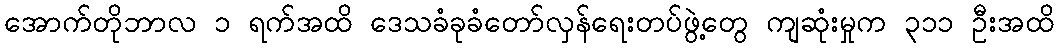
အောက်တိုဘာလ ၁ ရက်အထိ ဒေသခံခုခံတော်လှန်ရေးတပ်ဖွဲ့တွေ ကျဆုံးမှုက ၃၁၁ ဦးအထိ